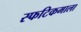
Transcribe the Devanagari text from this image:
स्फटिकमाला